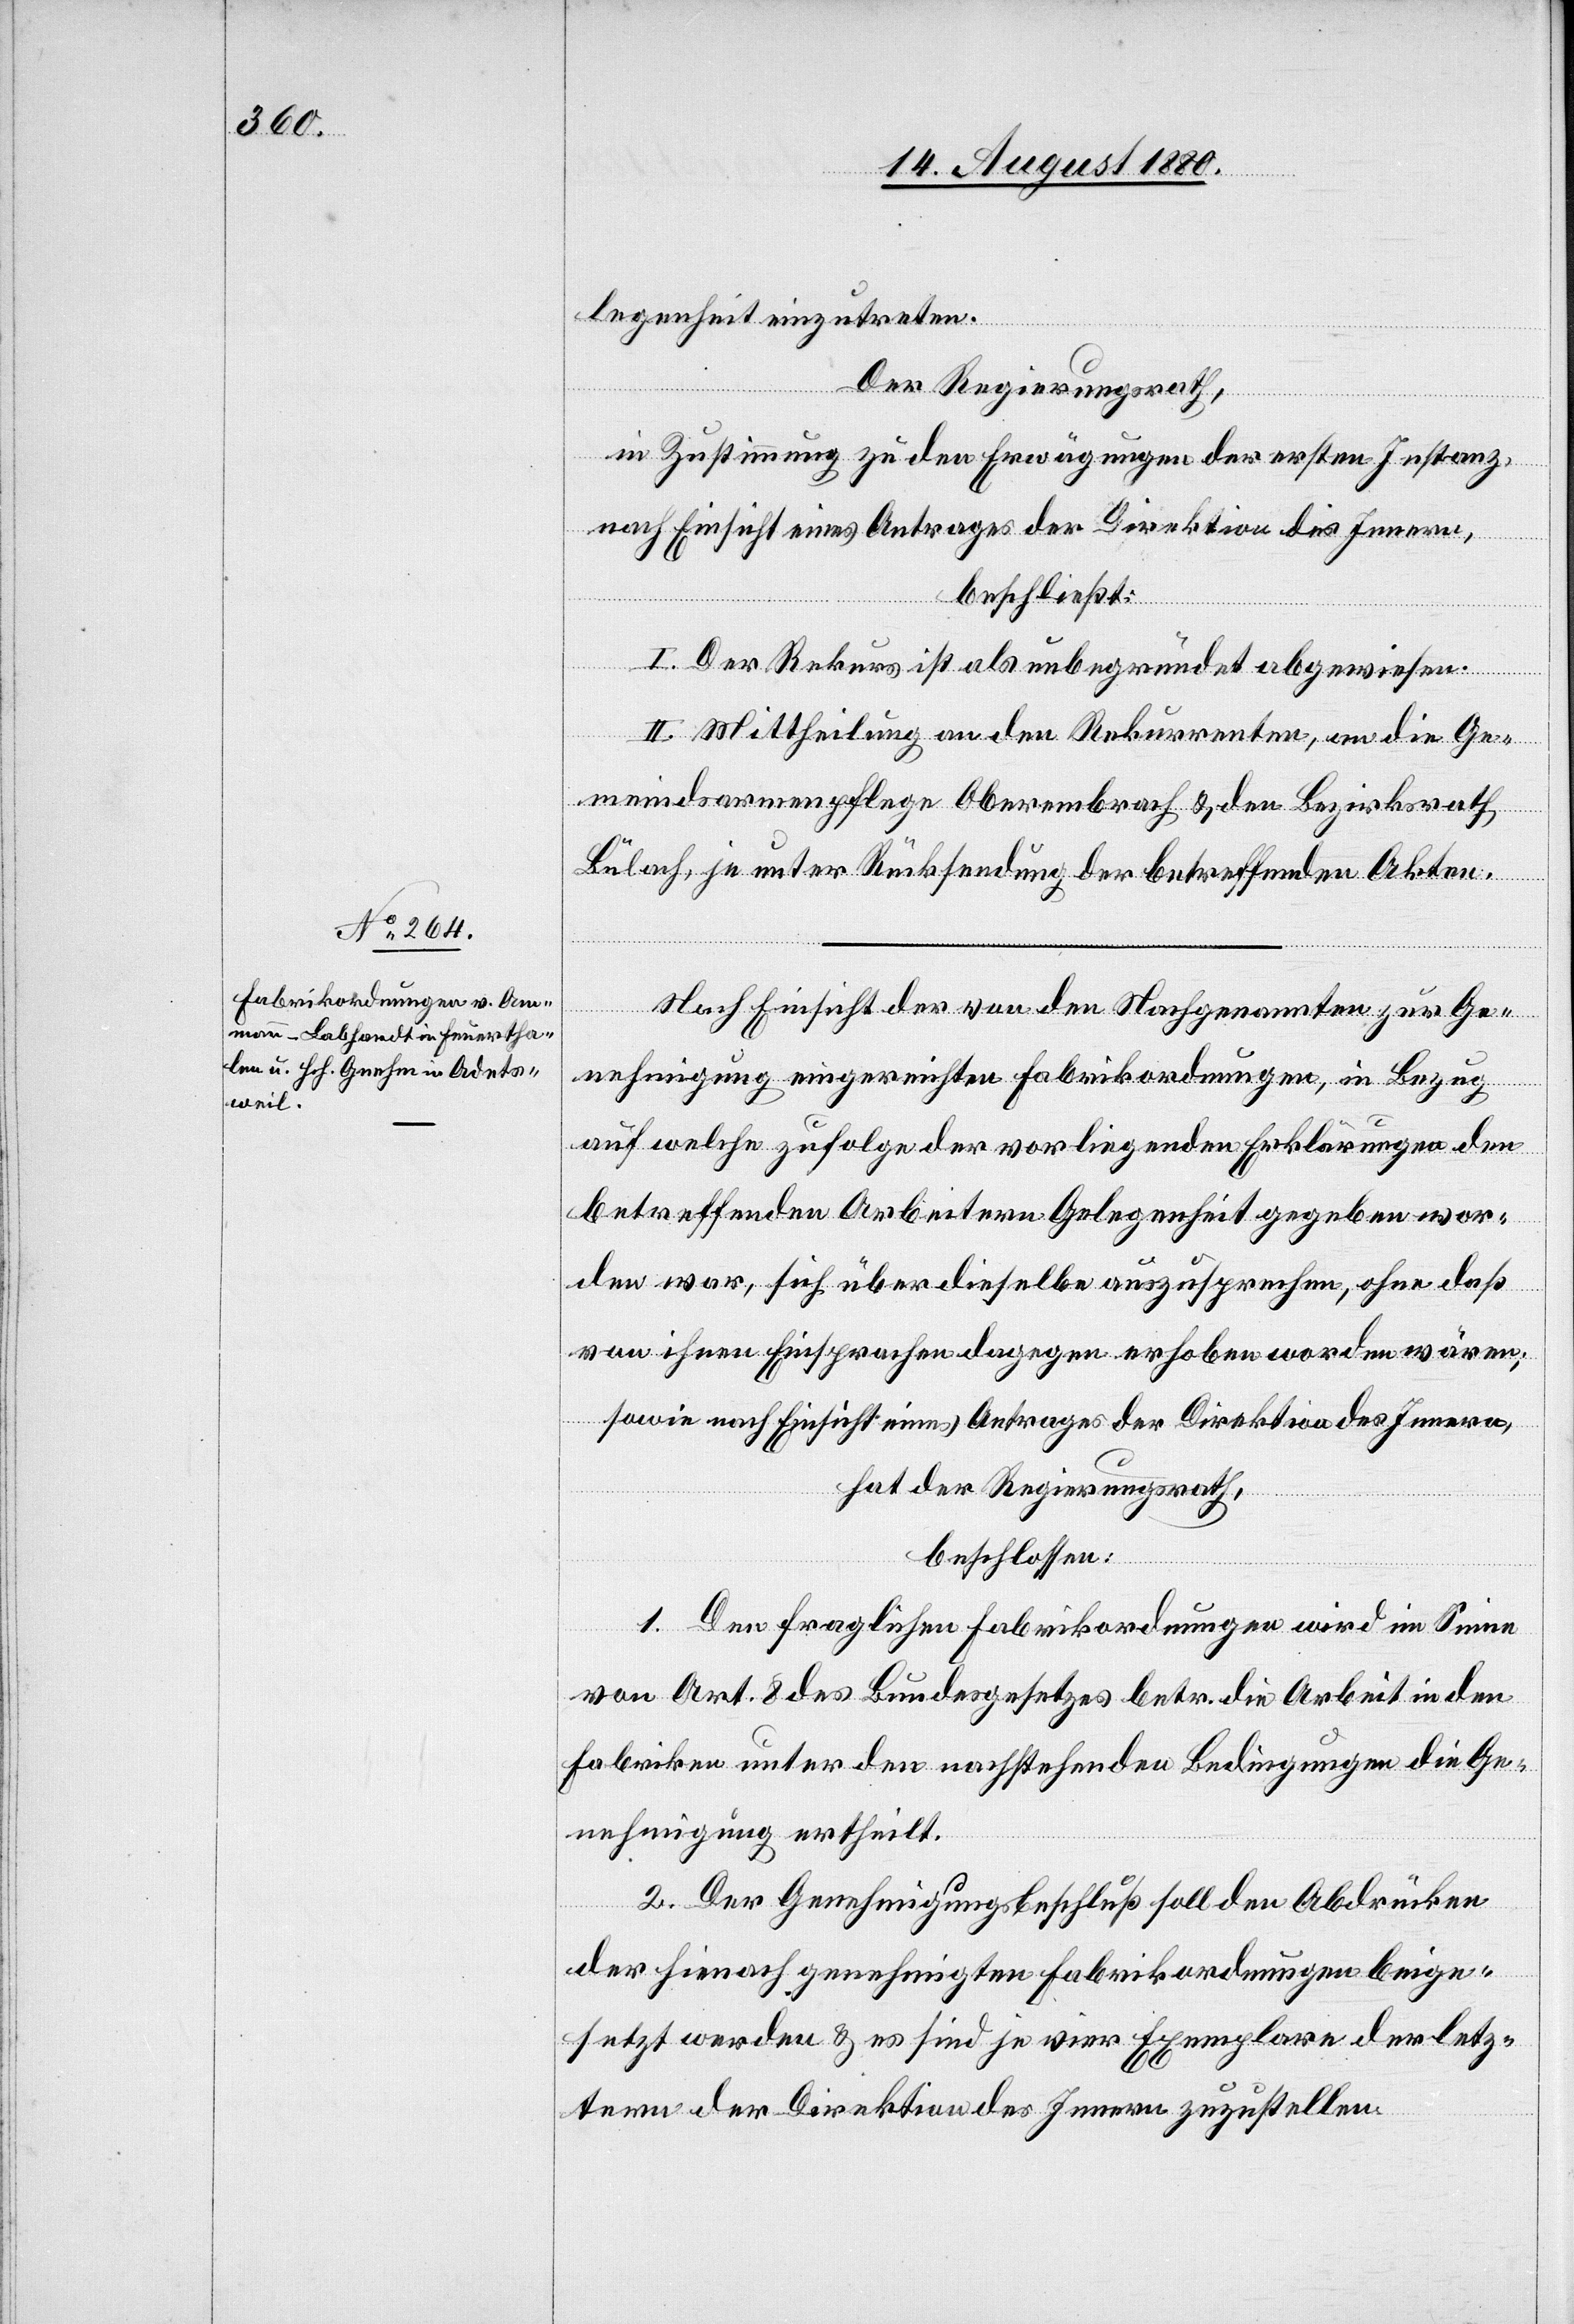
legenheit einzutreten.
Der Regierungsrath,
in Zustimmung zu den Erwägungen der ersten Instanz,
nach Einsicht eines Antrages der Direktion des Innern,
beschließt:
II. Der Rekurs als unbegründet abgewiesen.
II. Mittheilung an den Rekurrenten, an die Ge¬
meindsarmenpflege Oberembrach & den Bezirksrath
Bülach, je unter Rücksendung der betreffenden Akten.
Nach Einsicht der von den Nachgenannten zur Ge¬
nehmigung eingereichten Fabrikordnungen, in Bezug
auf welche zufolge der vorliegenden Erklärungen den
betreffenden Arbeitern Gelegenheit gegeben wor¬
den war, sich über dieselben auszusprechen, ohne daß
von ihnen Einsprachen dagegen erhoben worden wären;
sowie nach Einsicht eines Antrages der Direktion des Innern,
hat der Regierungsrath,
beschlossen:
1. Den fraglichen Fabrikordnungen wird im Sinne
von Art. 8 des Bundesgesetzes betr. die Arbeit in den
Fabriken unter den nachstehenden Bedingungen die Ge¬
nehmigung ertheilt.
2. Der Genehmigungsbeschluß soll den Abdrücken
der hienach genehmigten Fabrikordnungen beige¬
setzt werden & es sind je vier Exemplare der letz¬
teren der Direktion des Innern zuzustellen.